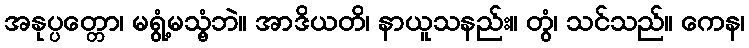
အနုပ္ပတ္တော၊ မရွံ့မသွံ့ဘဲ။ အာဒိယတိ၊ နာယူသနည်း။ တွံ၊ သင်သည်။ ကေန၊